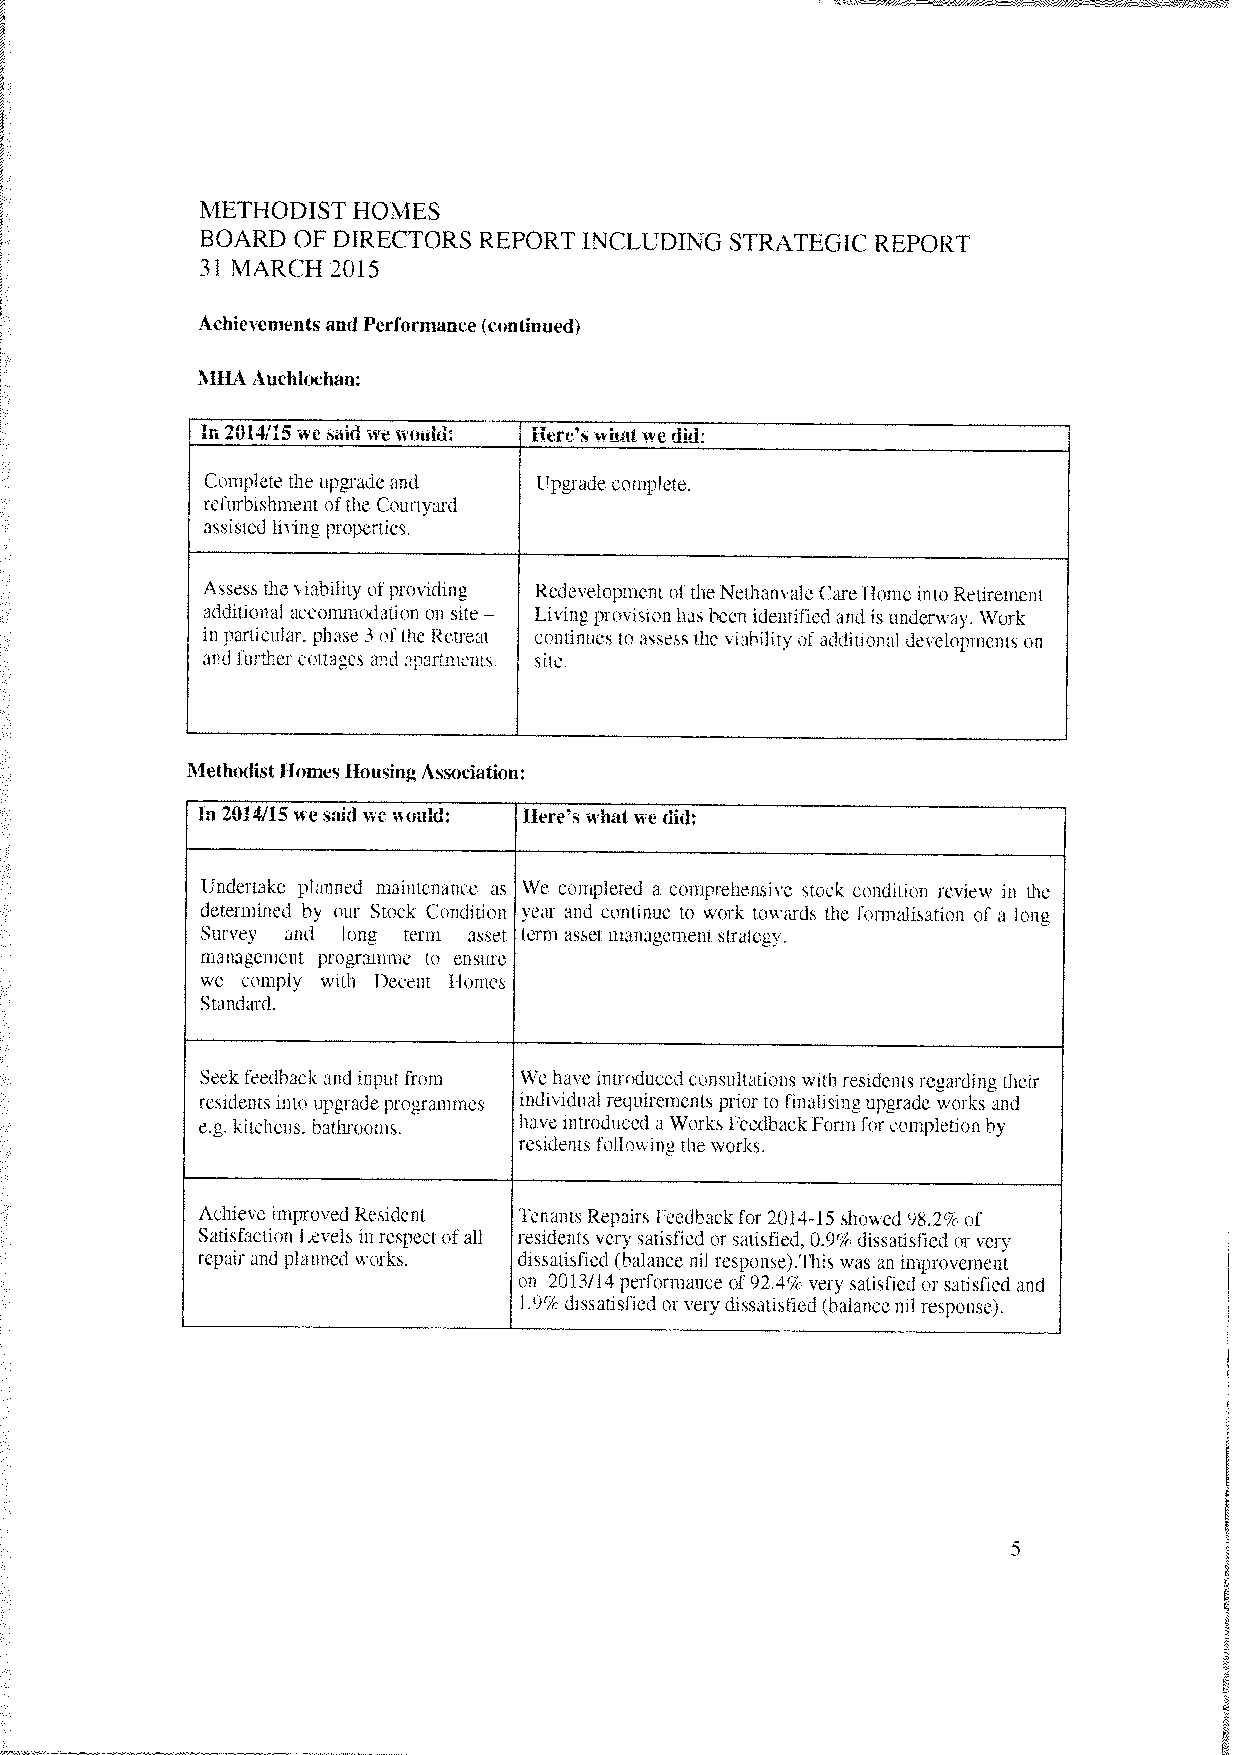
METHODIST HOMES
 BOARD  OF DIRECTORS REPORT INCLUDING STRATEGIC REPORT
 31 MARCH 2015
 Achievementsand Performance (continued)
 MHAAuchiochan:
 In2014/15ie said e ould: here’s whatwedid:
 Complete the upgrade and Upgrade complete.
 refurbishment ofthe Courtyard
 assisted living properties.
 Assess the siability ofproiding Redevelopment oftheNethansaleCarehome into Retirement
 additional accommodation on site Living provision has been identified and is underway. Work
 —
 in particular. phase 3 ofthe Retrmt continues to assess the iahilitv of additional developments on
 and further cottages ar’d apartments. site.
 Methodist Homes housingAssociation:
 In 2014/15 we said we would: Here’swhat wedid:
 Undertake planned maintenance as We completed a comprehensive stock condition review in the
 determined by our Stock Condition year and continue to work towards the formalisation of a long
 Survey and long term asset term asset management strategy.
 management programme to ensure
 we comply with 1)ecent homes
 Standard.
 Seek feedbackand input from We have introducedconsultations with residents regarding their
 residents into uperade proerammes individual requirements prior to finalising upgrade works and
 e.g. kitchens, bathrooms. have introduced a Works FeedbackForm forcompletion by
 residents followingthe works.
 Achiee improved Resident Tenants Repairs Feedback for 2014-15 showed 9X.2¼ of
 SatisfactionLeels in respectofall residents very satisfied or satisfied. 09¼ dissatisfied orvery
 repair and planned works. dissatisfied (balance nil response).This was an improvement
 on 2013/13performance of 924¼ very satisfied or satisfied and
 1.991 dissatisfiedorerydissatisfied (balancenil response).